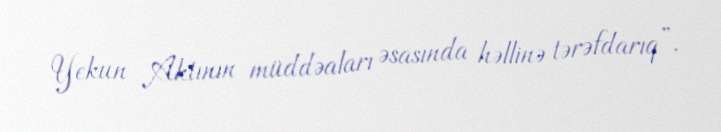
Yekun Aktının müddəaları əsasında həllinə tərəfdarıq”.